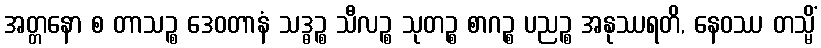
အတ္တနော စ တာသဉ္စ ဒေဝတာနံ သဒ္ဓဉ္စ သီလဉ္စ သုတဉ္စ စာဂဉ္စ ပညဉ္စ အနုဿရတိ, နေဝဿ တသ္မိံ